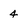
Character: 4